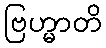
ဗြဟ္မာတိ